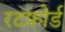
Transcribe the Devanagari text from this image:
रटफ़ोर्ड